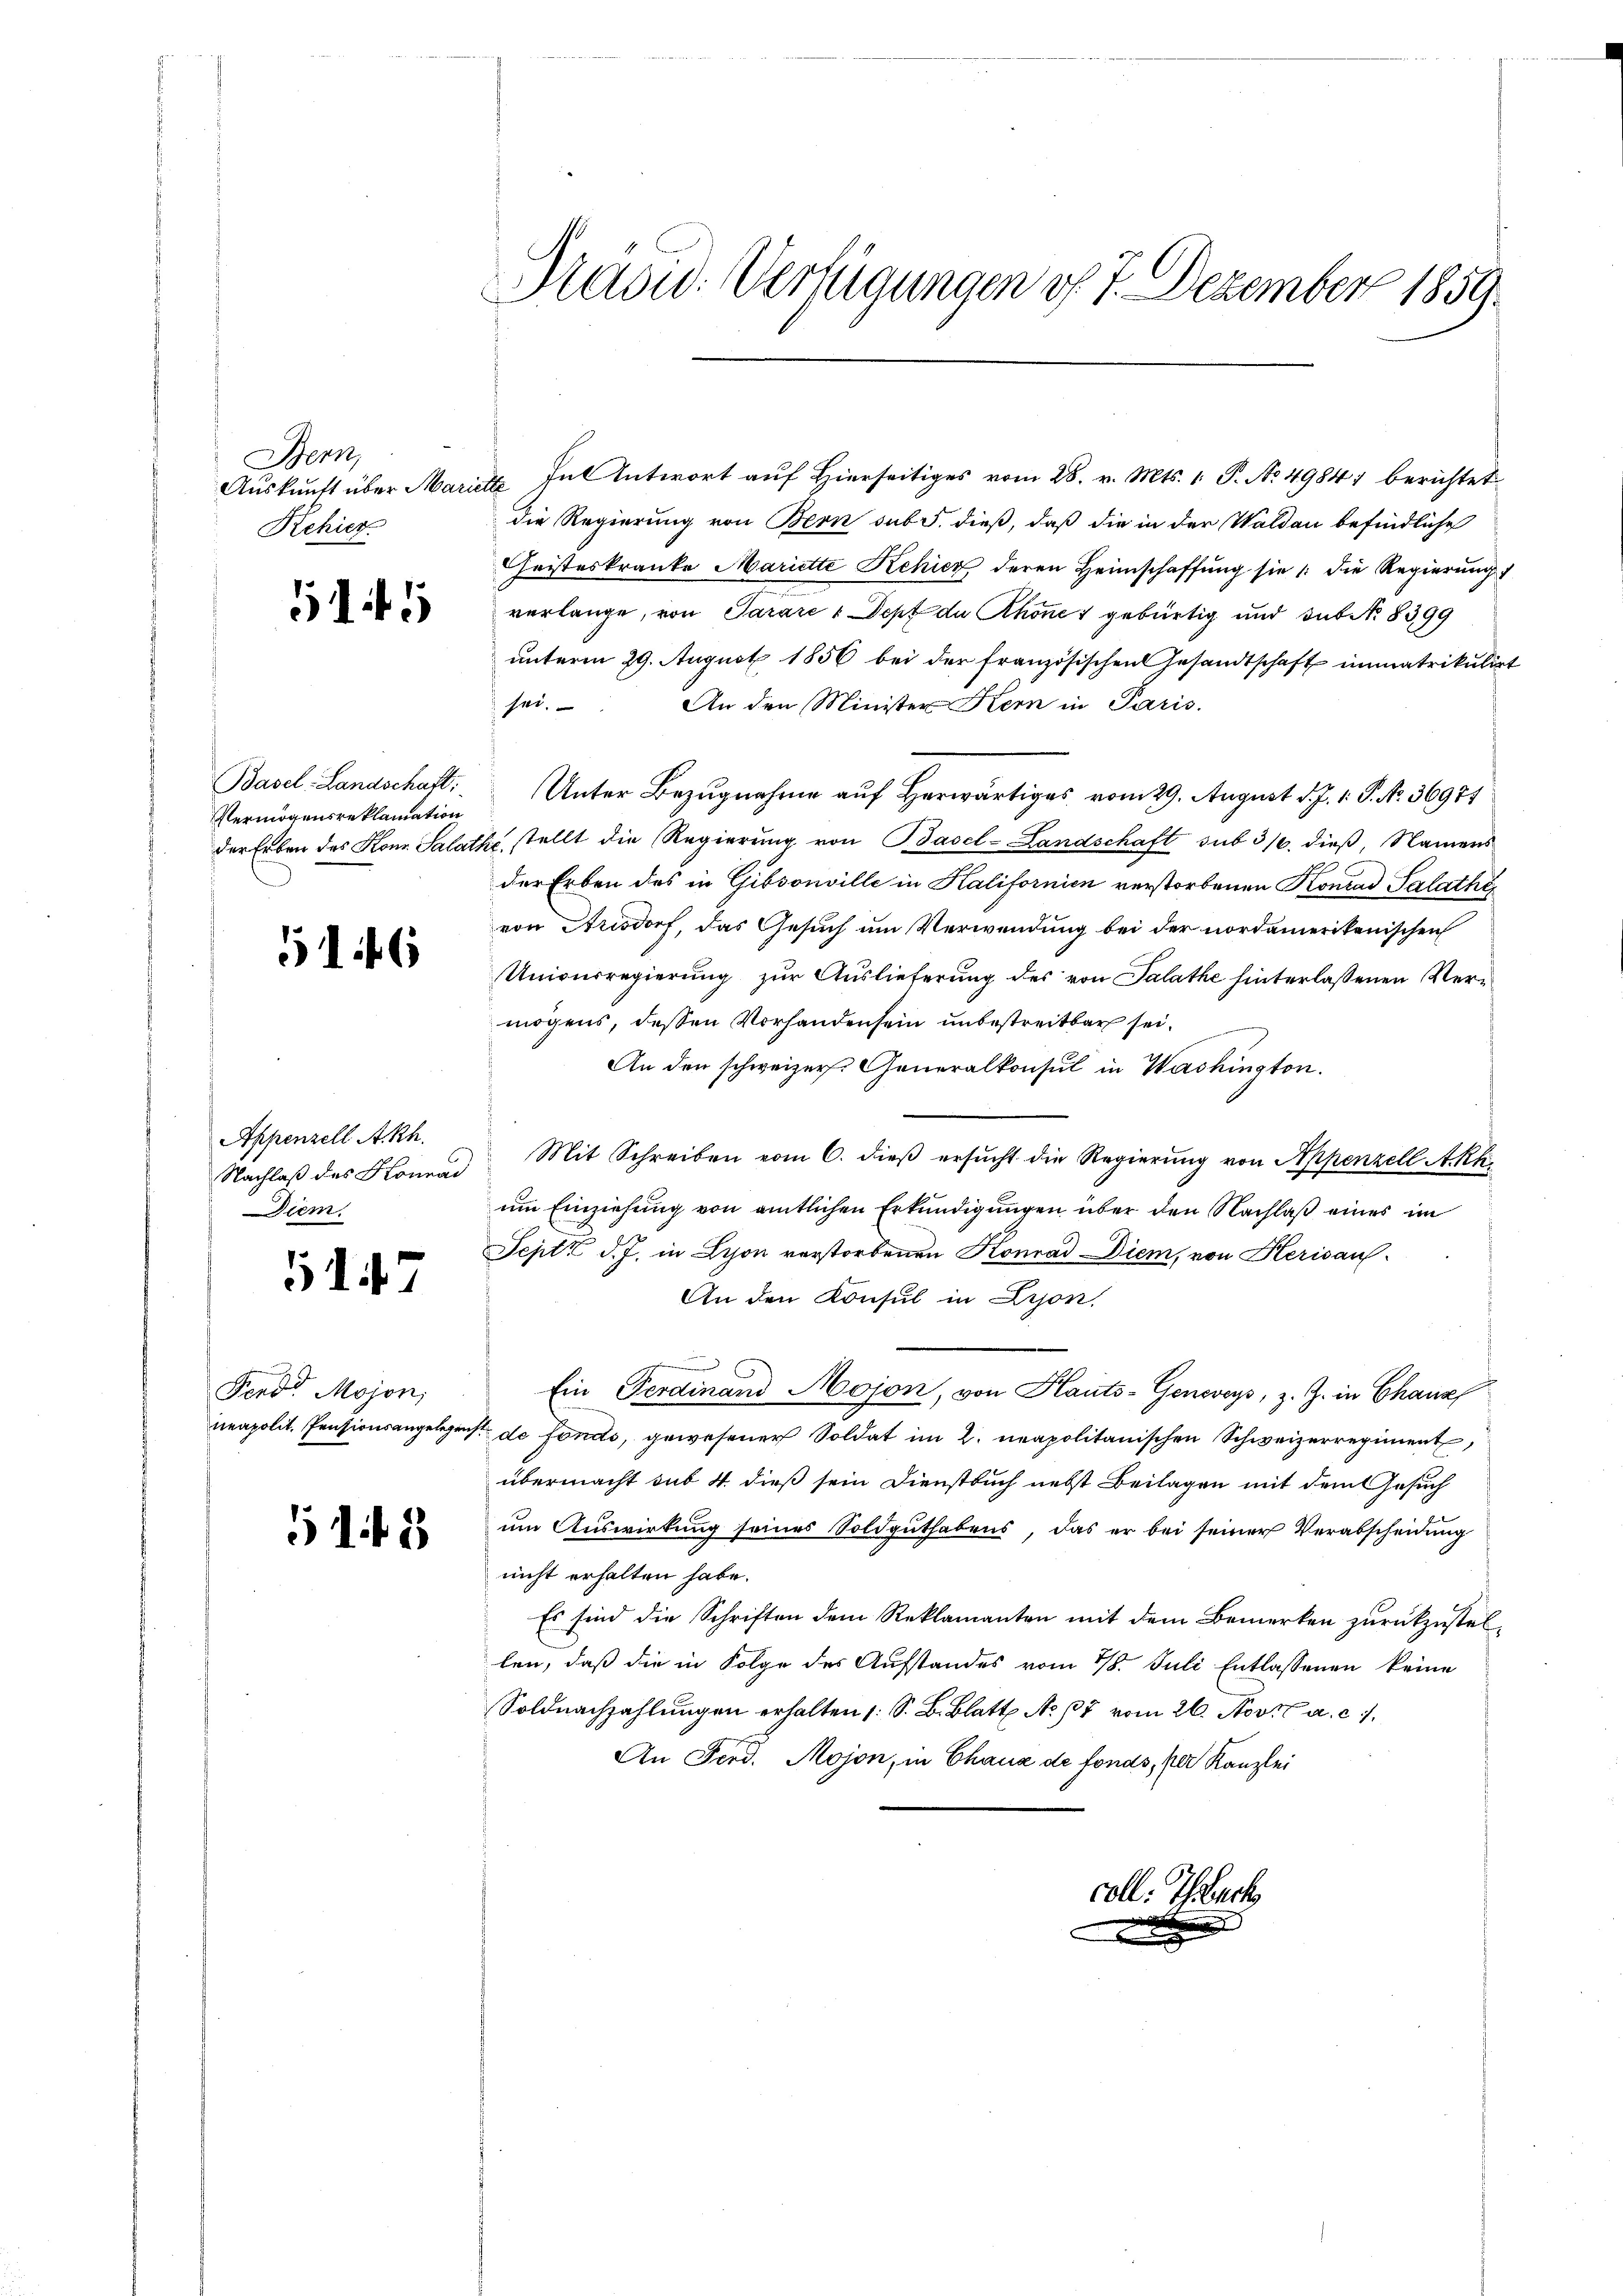
Bern,
Auskunft über Mari
Rehier

5145

Basel-Landschaft,
Vermögensreklamation

516

Appenzell A.Rh.
Diem

5147

Ferd. Mojon,
neapolit. Pensionsangelegen,

5145

s
Präsid. Verfügungen d. 7. Dezember 1859.

Fat Antwort auf Hierseitiges vom 28. v. Mts. 1. P. No 49847 berichtet
die Regierung von Bern sub 5. dieß, daß die in der Waldau befindliche
Christeskranke Mariette Kehier deren Heimschaffung sie /: die Regierung
verlange, von Parare , Dept de Rhones gebürtig und sub No. 8399
unterm 29. August 1856 bei der französischen Gesandtschaft immatrikulirt
An den Minister Kern in Paris.
sei.
Unter Bezugnahme auf Herwärtiges vom 29. August d. J. 1. P. No. 36971
der Erben des Hon Salathe, stellt die Regierung von Basel-Landschaft sub 3/4. dieß, Namens
der Erben des in Gibsonville in Halifornien verstorbenen Konrad Salathe,
von Arisdorf, das Gesuch um Verwendung bei der nordamerikanischen
Unionsregierung zur Auslieferung des von Salathe hinterlassenen Vermögens, dessen Vorhandensein unbestreitbar sei.
An den schweizer. Generalkonsul in Washington.
Nachlaβ des Konrad Mit Schreiben vom 6. dieß ersucht die Regierung von Appenzell Akk
um Einziehung von amtlichen Erkundigungen über den Nachlaß eines im
Sept. d. J. in Schon verstorbenen Konrad Diem, von Herisau
An den Konsul in Lyon,
Ein Ferdinand Mojon, von Hauts-Genwegs, z. Z. in Chanz
S de fondo, gewesener Soldat im 2. neapolitanischen Schweizerregiment,
übermacht sub 4 dieß sein Dienstbuch nebst Beilagen mit dem Gesuch
um Auswirkung seines Soldguthabens, das er bei seiner Verabscheidung
nicht erhalten habe.
Es sind die Schriften dem Reklamanten mit dem Bemerken zurückzustel-
len, daß die in Folge des Aufstandes vom 18. Juli Entlassenen keine
Soldnachzahlungen erhalten 1 S. B. Blatt No. 37 vom 26. Nov. a. c.
An Ferd. Mojon, in Chaus de fonds, per Kanzlei
coll. Teuch